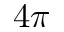
4 \pi